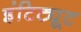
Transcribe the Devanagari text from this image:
इंटिट्यूट